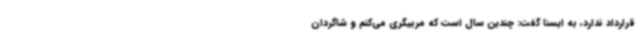
قرارداد ندارد، به ایسنا گفت: چندین سال است که مربیگری می‌کنم و شاگردان